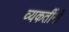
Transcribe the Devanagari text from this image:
व्यकतींनी